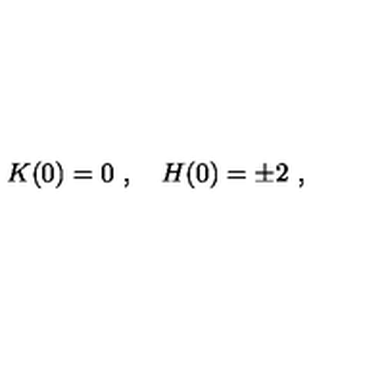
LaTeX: K ( 0 ) = 0 \ , \quad H ( 0 ) = \pm 2 \ ,